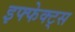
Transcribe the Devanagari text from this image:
इफ्फेक्ट्स